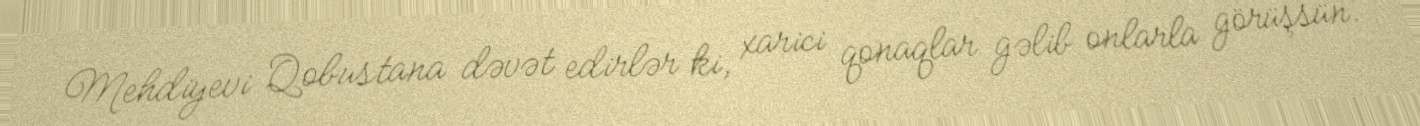
Mehdiyevi Qobustana dəvət edirlər ki, xarici qonaqlar gəlib onlarla görüşsün.